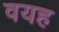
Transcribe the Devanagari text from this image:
वयह